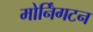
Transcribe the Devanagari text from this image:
मोर्निंगटन